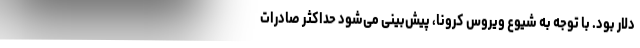
دلار بود. با توجه به شیوع ویروس کرونا، پیش‌بینی می‌شود حداکثر صادرات